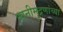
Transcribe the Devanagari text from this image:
ध्वनीमुद्रणांच्या